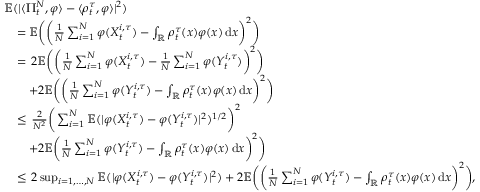
\begin{array} { r l } & { \mathbb { E } ( | \langle \Pi _ { t } ^ { N } , \varphi \rangle - \langle \rho _ { t } ^ { \tau } , \varphi \rangle | ^ { 2 } ) } \\ & { \quad = \mathbb { E } \bigg ( \bigg ( \frac { 1 } { N } \sum _ { i = 1 } ^ { N } \varphi ( X _ { t } ^ { i , \tau } ) - \int _ { \mathbb { R } } \rho _ { t } ^ { \tau } ( x ) \varphi ( x ) \, \mathrm { d } x \bigg ) ^ { 2 } \bigg ) } \\ & { \quad = \, 2 \mathbb { E } \bigg ( \bigg ( \frac { 1 } { N } \sum _ { i = 1 } ^ { N } \varphi ( X _ { t } ^ { i , \tau } ) - \frac { 1 } { N } \sum _ { i = 1 } ^ { N } \varphi ( Y _ { t } ^ { i , \tau } ) \bigg ) ^ { 2 } \bigg ) } \\ & { \quad \quad + 2 \mathbb { E } \bigg ( \bigg ( \frac { 1 } { N } \sum _ { i = 1 } ^ { N } \varphi ( Y _ { t } ^ { i , \tau } ) - \int _ { \mathbb { R } } \rho _ { t } ^ { \tau } ( x ) \varphi ( x ) \, \mathrm { d } x \bigg ) ^ { 2 } \bigg ) } \\ & { \quad \le \, \frac { 2 } { N ^ { 2 } } \bigg ( \sum _ { i = 1 } ^ { N } \mathbb { E } ( | \varphi ( X _ { t } ^ { i , \tau } ) - \varphi ( Y _ { t } ^ { i , \tau } ) | ^ { 2 } ) ^ { 1 / 2 } \bigg ) ^ { 2 } } \\ & { \quad \quad + 2 \mathbb { E } \bigg ( \frac { 1 } { N } \sum _ { i = 1 } ^ { N } \varphi ( Y _ { t } ^ { i , \tau } ) - \int _ { \mathbb { R } } \rho _ { t } ^ { \tau } ( x ) \varphi ( x ) \, \mathrm { d } x \bigg ) ^ { 2 } \bigg ) } \\ & { \quad \le \, 2 \operatorname* { s u p } _ { i = 1 , \ldots , N } \mathbb { E } ( | \varphi ( X _ { t } ^ { i , \tau } ) - \varphi ( Y _ { t } ^ { i , \tau } ) | ^ { 2 } ) + 2 \mathbb { E } \bigg ( \bigg ( \frac { 1 } { N } \sum _ { i = 1 } ^ { N } \varphi ( Y _ { t } ^ { i , \tau } ) - \int _ { \mathbb { R } } \rho _ { t } ^ { \tau } ( x ) \varphi ( x ) \, \mathrm { d } x \bigg ) ^ { 2 } \bigg ) , } \end{array}